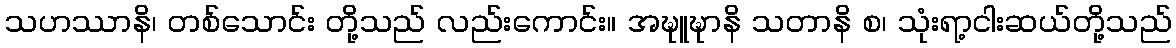
သဟဿာနိ၊ တစ်သောင်း တို့သည် လည်းကောင်း။ အဍ္ဎူဍ္ဎာနိ သတာနိ စ၊ သုံးရာ့ငါးဆယ်တို့သည်